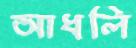
আধলি